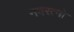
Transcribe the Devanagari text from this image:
नवरत्नो